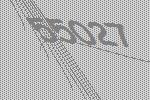
55027